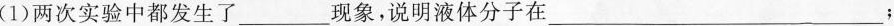
(1)两次实验中都发生了_________现象，说明液体分子在_________﹔